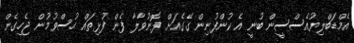
އެމްޑަބްލިޔުއެސްސީން ބުނީ އެ ކުންފުނިން ގޭގެއަށް ފޮނުވާލާ ފެން ފުޅިތައް ހުސްވުމުން ޖެހިގެން